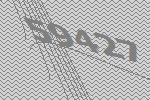
59427